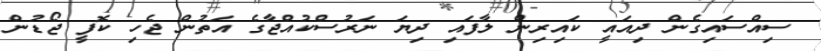
ސިއްސައިގެން ދިއައީ ކައިރިން ލާފައި ދިޔަ ނަރުސްކުއްޖާގެ އަތުން ޖެހި ކޮފީ ޖޯޑުން